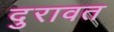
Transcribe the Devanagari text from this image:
दुरावत